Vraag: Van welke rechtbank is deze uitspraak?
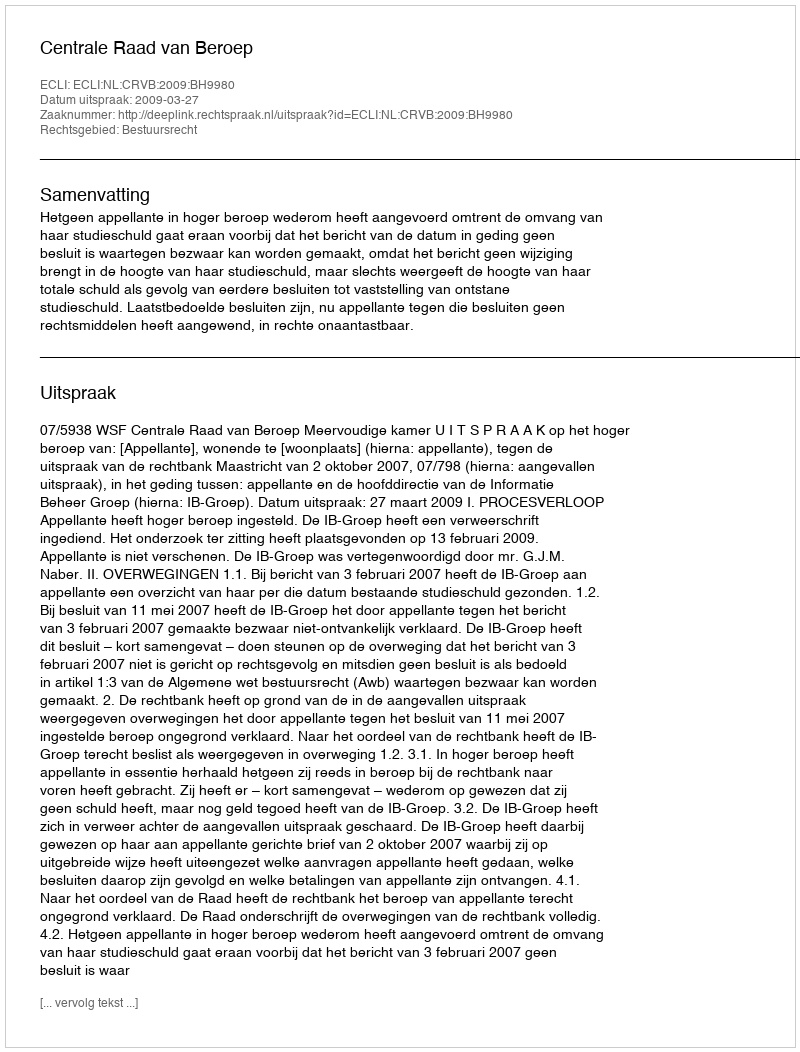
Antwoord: Centrale Raad van Beroep